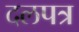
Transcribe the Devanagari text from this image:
दलपत्र